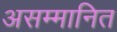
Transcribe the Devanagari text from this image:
असम्मानित